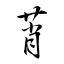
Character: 莦